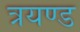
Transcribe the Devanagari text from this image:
त्रयण्ड